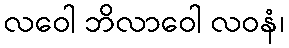
လဝေါ ဘိလာဝေါ လဝနံ၊